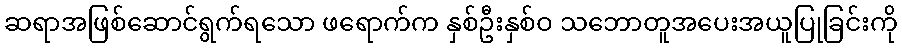
ဆရာအဖြစ်ဆောင်ရွက်ရသော ဖရောက်က နှစ်ဦးနှစ်ဝ သဘောတူအပေးအယူပြုခြင်းကို